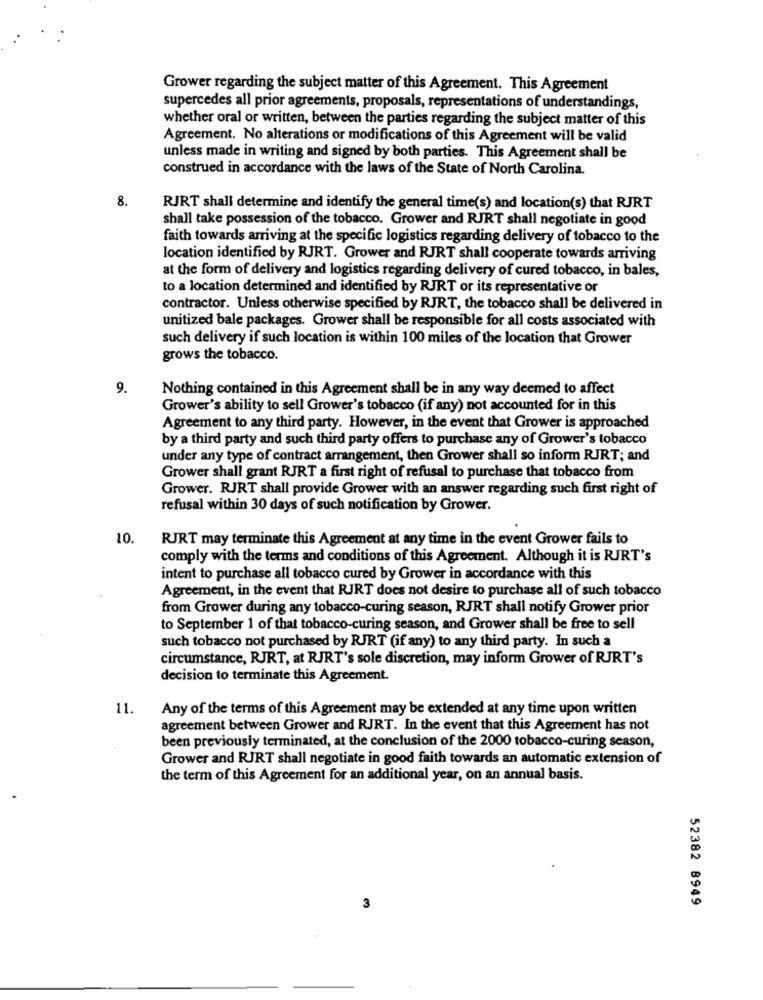
Grower regarding the subject matter of this Agreement. This Agreement
supercedes all prior agreements, proposals, representations of understandings,
whether oral or written, between the parties regarding the subject matter of this
Agreement. No alterations or modifications of this Agreement will be valid
unless made in writing and signed by both parties. This Agreement shall be
construed in accordance with the laws of the State of North Carolina.
8.
RJRT shall determine and identify the general time(s) and location(s) that RJRT
shall take possession of the tobacco. Grower and RJRT shall negotiate in good
faith towards arriving at the specific logistics regarding delivery of tobacco to the
location identified by RJRT. Grower and RJRT shall cooperate towards arriving
at the form of delivery and logistics regarding delivery of cured tobacco, in bales,
to a location determined and identified by RJRT or its representative or
contractor. Unless otherwise specified by RJRT, the tobacco shall be delivered in
unitized bale packages. Grower shall be responsible for all costs associated with
such delivery if such location is within 100 miles of the location that Grower
grows the tobacco.
9.
Nothing contained in this Agreement shall be in any way deemed to affect
Grower's ability to sell Grower's tobacco (if any) not accounted for in this
Agreement to any third party. However, in the event that Grower is approached
by a third party and such third party offers to purchase any of Grower's tobacco
under any type of contract arrangement, then Grower shall so inform RJRT; and
Grower shall grant RJRT a first right of refusal to purchase that tobacco from
Grower. RJRT shall provide Grower with an answer regarding such first right of
refusal within 30 days of such notification by Grower.
10.
RJRT may terminate this Agreement at any time in the event Grower fails to
comply with the terms and conditions of this Agreement. Although it is RJRT's
intent to purchase all tobacco cured by Grower in accordance with this
Agreement, in the event that RJRT does not desire to purchase all of such tobacco
from Grower during any tobacco-curing season, RJRT shall notify Grower prior
to September 1 of that tobacco-curing season, and Grower shall be free to sell
such tobacco not purchased by RJRT (if any) to any third party. In such a
circumstance, RJRT, at RJRT's sole discretion, may inform Grower of RJRT's
decision to terminate this Agreement.
11.
Any of the terms of this Agreement may be extended at any time upon written
agreement between Grower and RJRT. In the event that this Agreement has not
been previously terminated, at the conclusion of the 2000 tobacco-curing season,
Grower and RJRT shall negotiate in good faith towards an automatic extension of
the term of this Agreement for an additional year, on an annual basis.
52382 8949
3